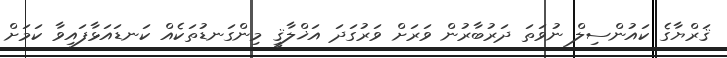
ޤަރްޔާގެ ކައުންސިލް ނުވަތަ ދަރުބާރުން ވަރަށް ވަރުގަދަ އަޚްލާޤީ މިންގަނޑުތަކެއް ކަނޑައަޅާފައިވާ ކަމަށް